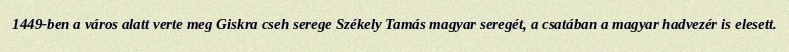
1449-ben a város alatt verte meg Giskra cseh serege Székely Tamás magyar seregét, a csatában a magyar hadvezér is elesett.